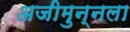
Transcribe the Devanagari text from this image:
अजीमुन्नला